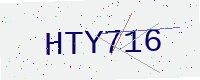
Text: HTY716